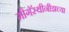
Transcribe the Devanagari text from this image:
मीगॅस्थीनीझच्या